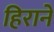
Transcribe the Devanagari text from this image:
हिराने